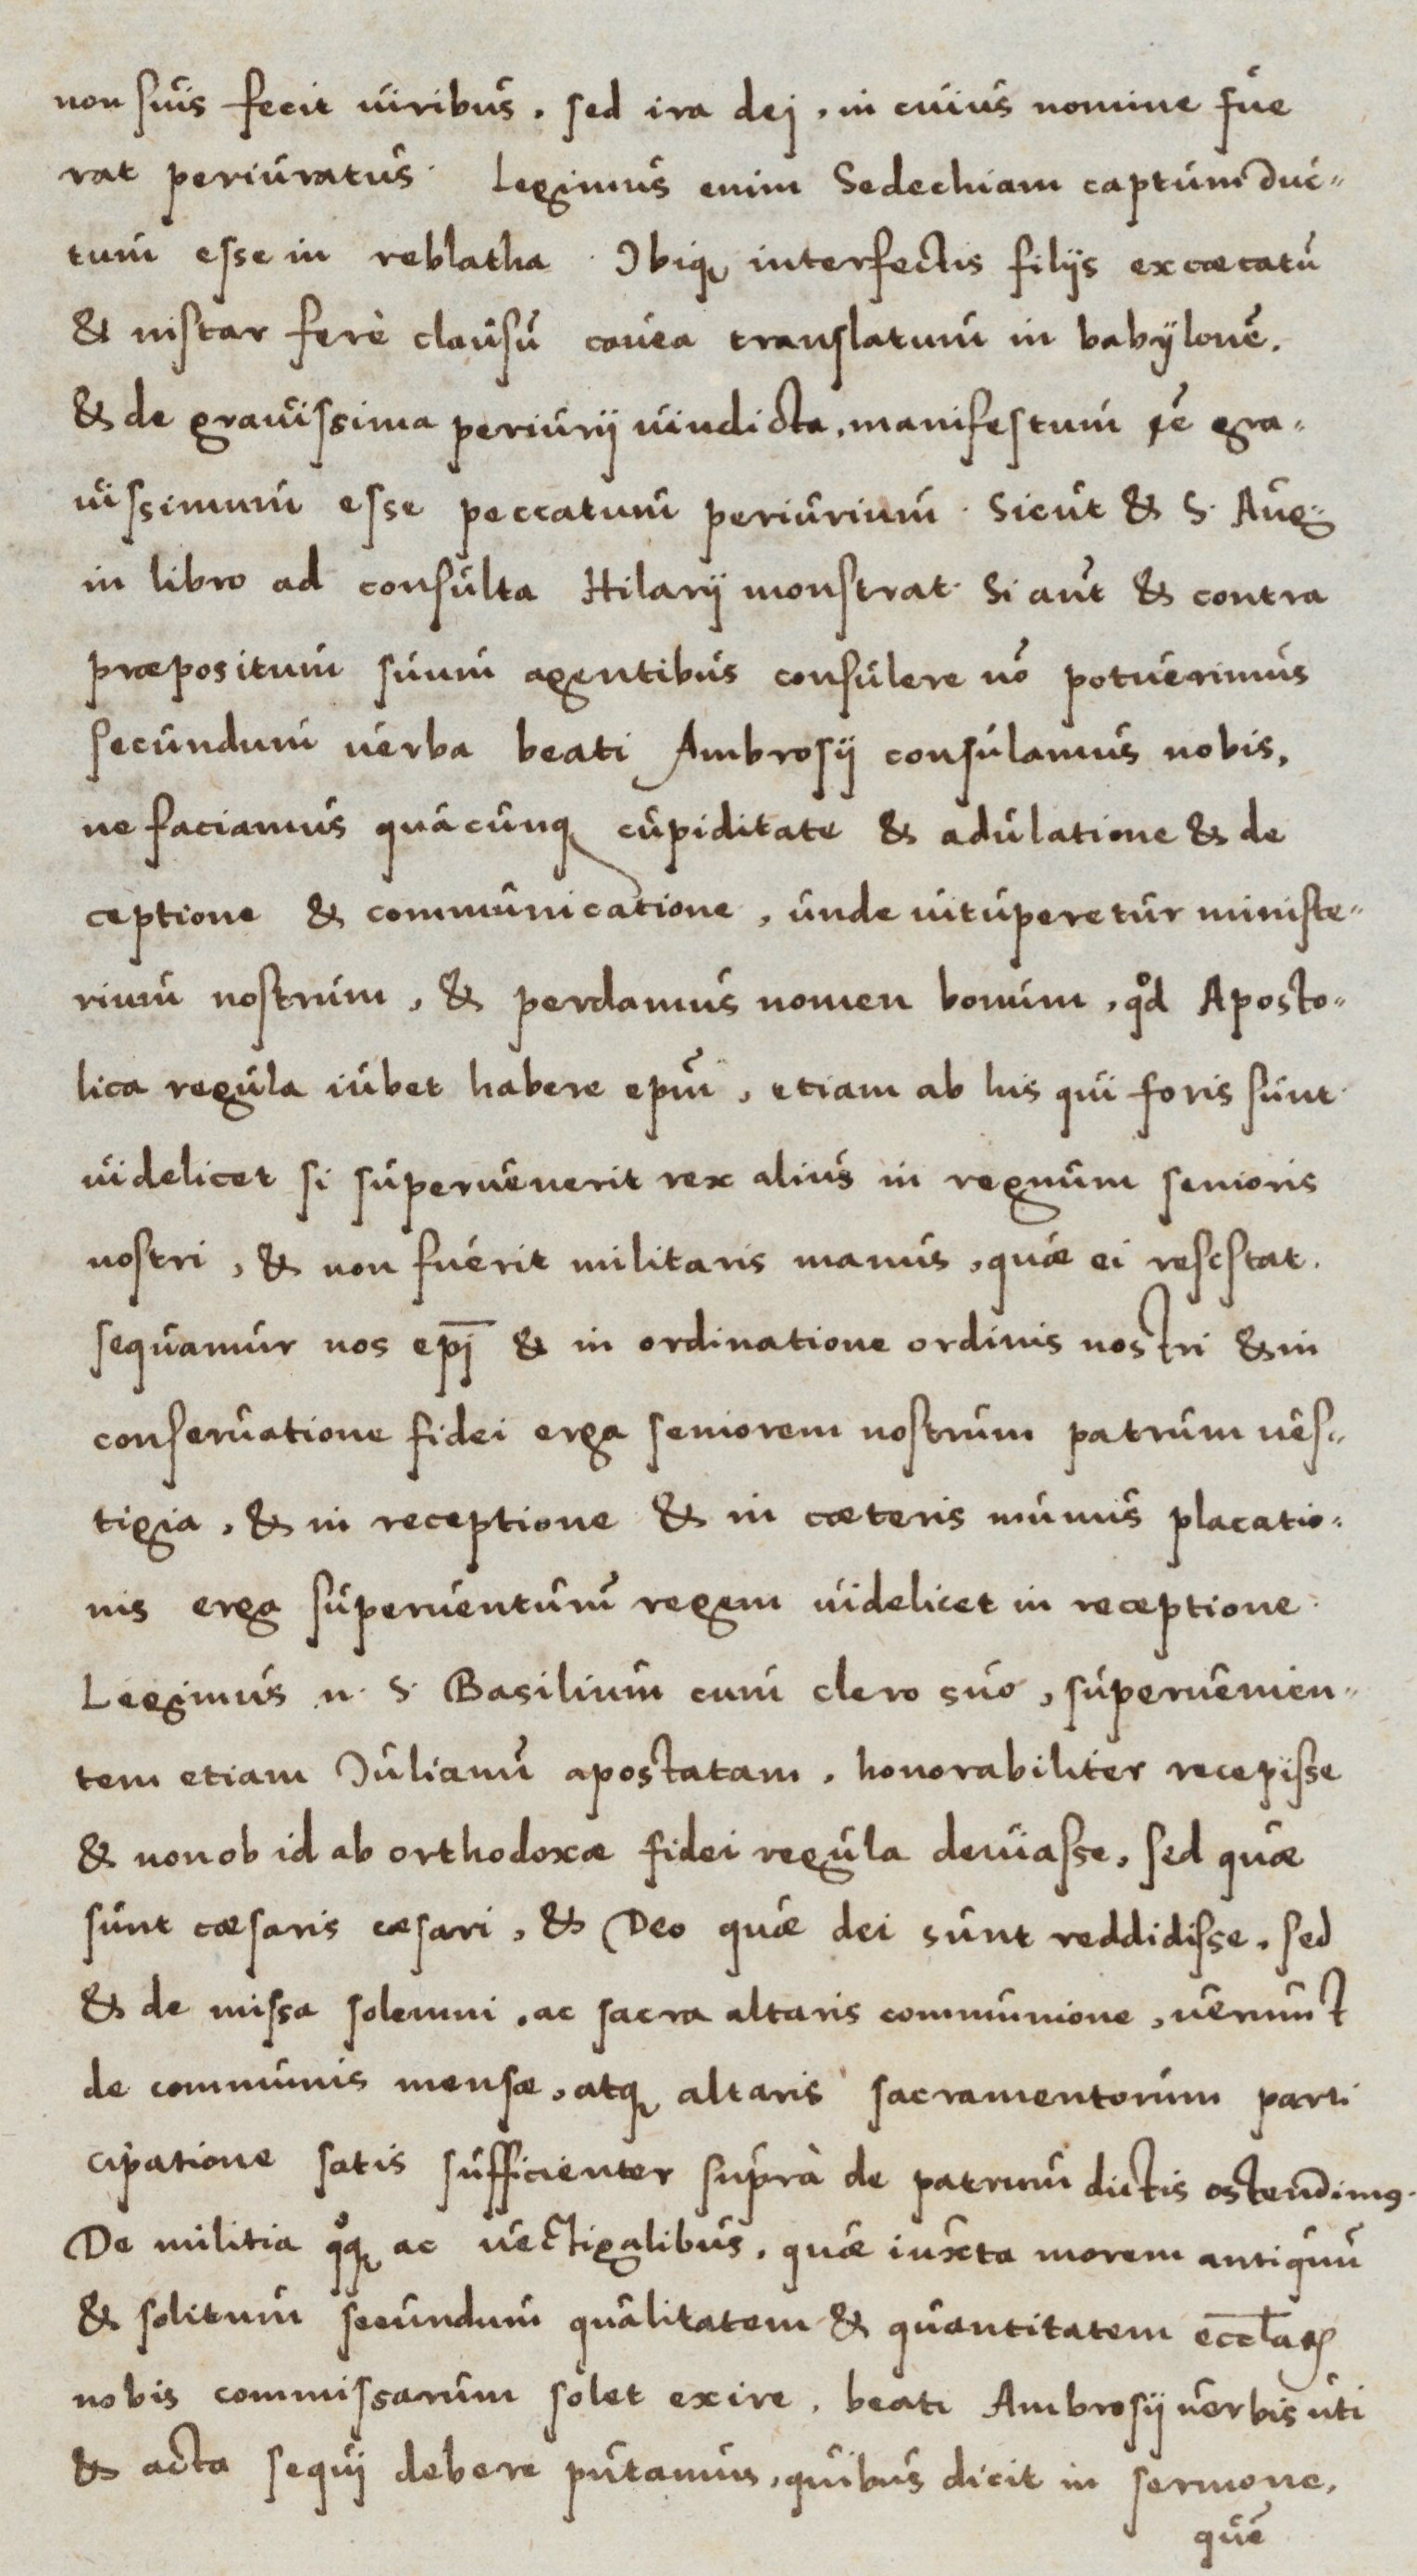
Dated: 1550–1599